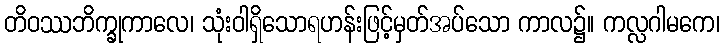
တိဝဿဘိက္ခုကာလေ၊ သုံးဝါရှိသောရဟန်းဖြင့်မှတ်အပ်သော ကာလ၌။ ကလ္လဂါမကေ၊